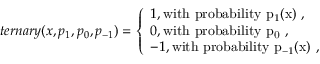
t e r n a r y ( x , p _ { 1 } , p _ { 0 } , p _ { - 1 } ) = \left\{ \begin{array} { l l } { \hfill 1 , \hfill \mathrm { w i t h ~ p r o b a b i l i t y ~ p _ { 1 } ( x ) ~ } , } \\ { \hfill 0 , \hfill \mathrm { w i t h ~ p r o b a b i l i t y ~ p _ { 0 } ~ } , } \\ { \hfill - 1 , \hfill \mathrm { w i t h ~ p r o b a b i l i t y ~ p _ { - 1 } ( x ) ~ } , } \end{array} \right.